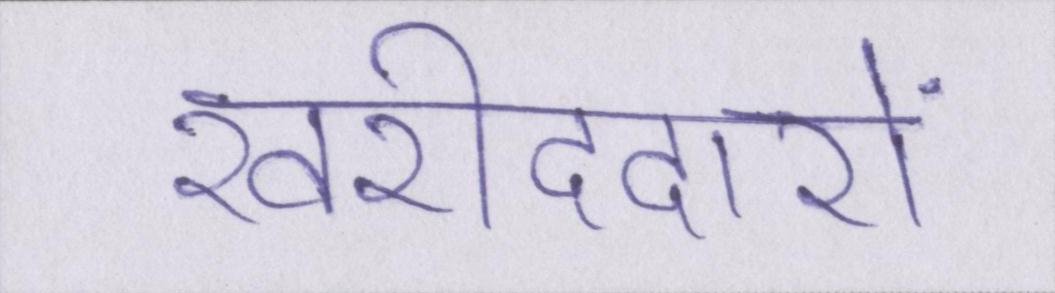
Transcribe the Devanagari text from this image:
खरीददारों